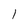
Character: l